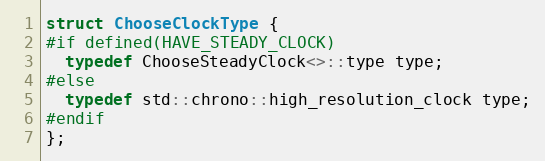
Language: C
struct ChooseClockType {
#if defined(HAVE_STEADY_CLOCK)
  typedef ChooseSteadyClock<>::type type;
#else
  typedef std::chrono::high_resolution_clock type;
#endif
};